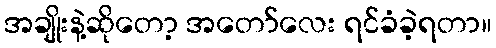
အချိုးနဲ့ဆိုတော့ အတော်လေး ရင်ခံခဲ့ရတာ။